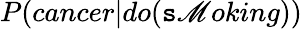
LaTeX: P(cancer|do(\mathtt{s}\mathscr{M}oking))